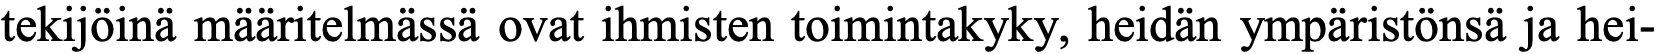
tekijöinä määritelmässä ovat ihmisten toimintakyky, heidän ympäristönsä ja hei-